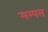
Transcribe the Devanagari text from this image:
मम्पस